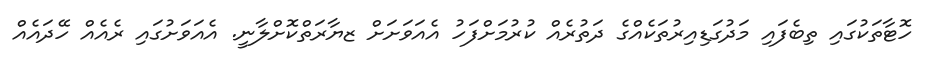
ހޮޓާތަކުގައި ތިބެފައި މަދުގަޑިއިރުތަކެއްގެ ދަތުރެއް ކުރުމަށްފަހު އެއަވަށަށް ޒޔާރަތްކޮށްލާނީ. އެއަވަށުގައި ރެއެއް ހޭދައެއް